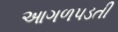
આગળપડતી